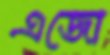
এজো